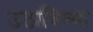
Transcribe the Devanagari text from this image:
उठाविण्या